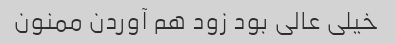
خیلی عالی بود زود هم آوردن ممنون